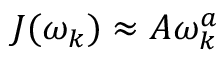
J ( \omega _ { k } ) \approx A \omega _ { k } ^ { a }